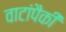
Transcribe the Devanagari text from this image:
वाटांपैकी